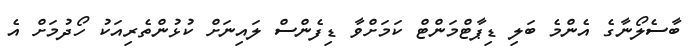
ބާސެލޯނާގެ އެންމެ ބަލި ޑިޕާޓްމަންޓް ކަމަށްވާ ޑިފެންސް ލައިނަށް ކުޅުންތެރިއަކު ހޯދުމަށް އެ